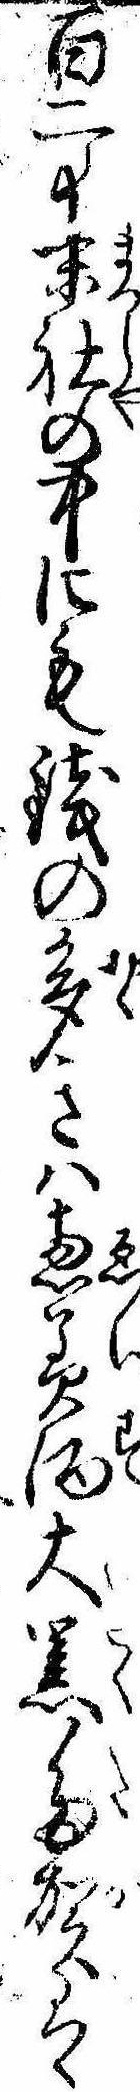
百二十末社の中にも銭の多きは恵美酒大黒多賀は